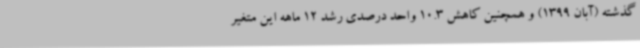
گذشته (آبان 1399) و همچنین کاهش 10.3 واحد درصدی رشد 12 ماهه این متغیر